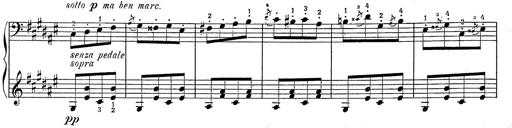
Title: Hungarian Rhapsody No.2
Composer: Franz Liszt
Key: C-sharp minor